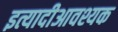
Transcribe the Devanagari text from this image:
इत्यादीआवश्यक